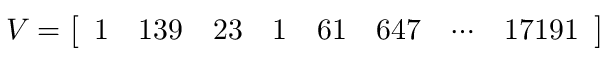
V = { \left[ \begin{array} { l l l l l l l l } { 1 } & { 1 3 9 } & { 2 3 } & { 1 } & { 6 1 } & { 6 4 7 } & { \cdots } & { 1 7 1 9 1 } \end{array} \right] }